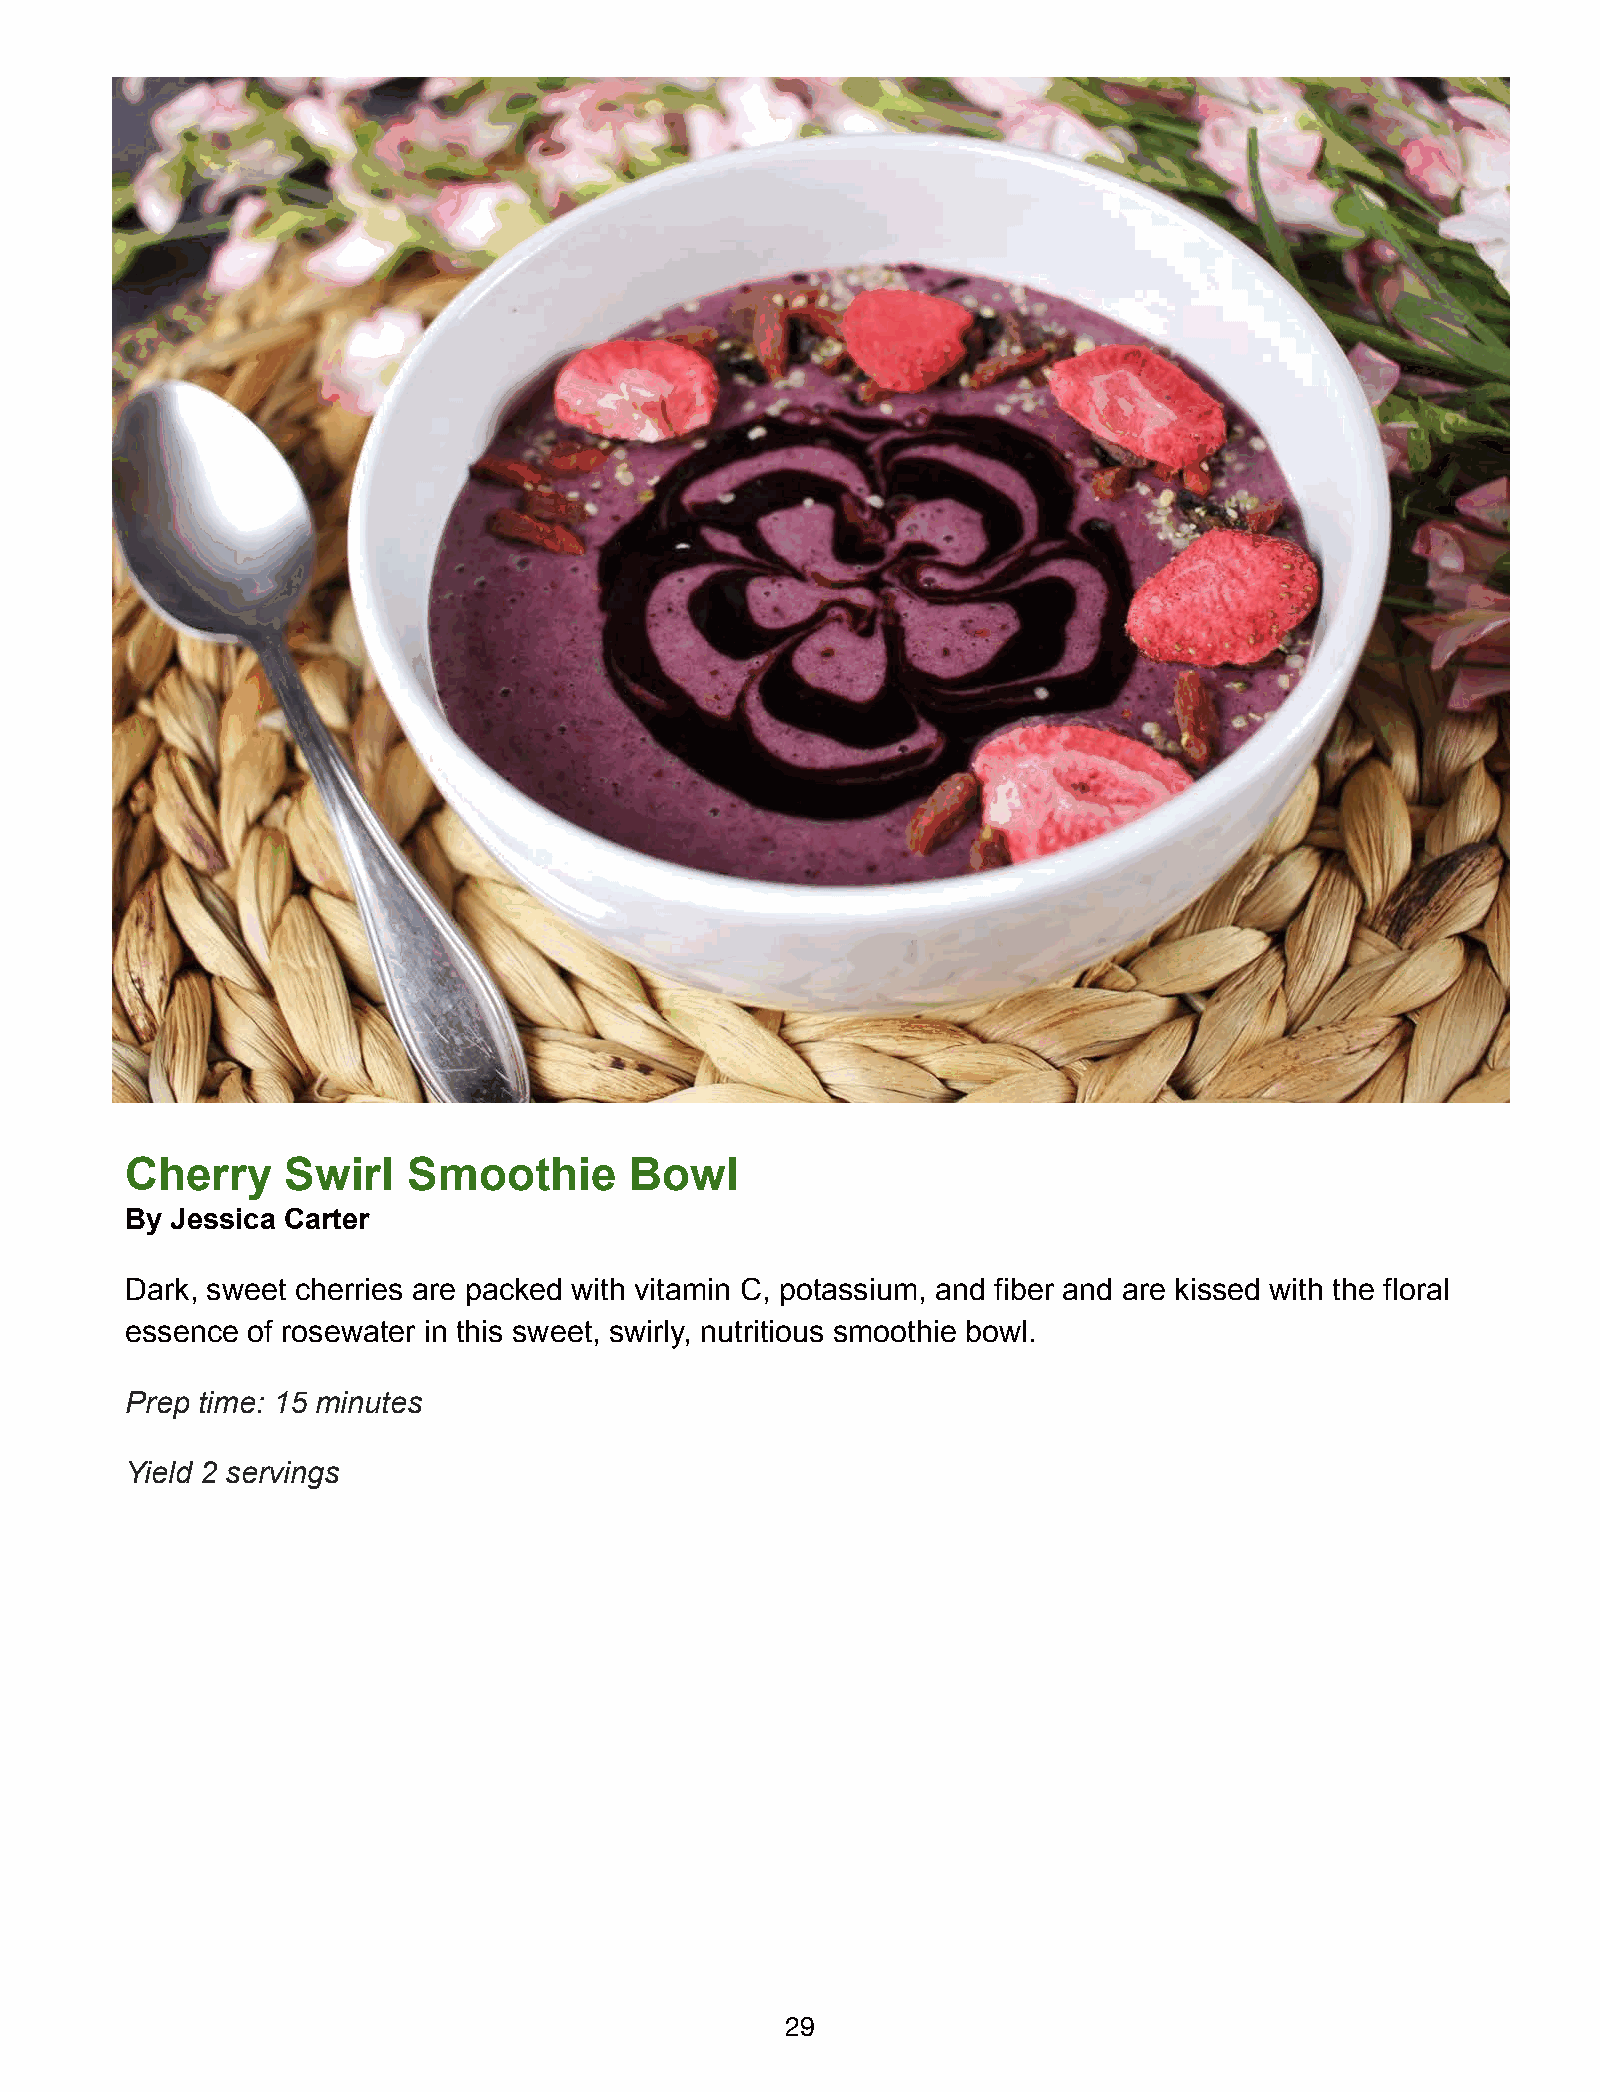
Cherry     Swirl   Smoothie       Bowl
 By Jessica Carter
 Dark, sweet cherries are packed with vitamin C, potassium, and fiber and are kissed with the floral
 essence of rosewater in this sweet, swirly, nutritious smoothie bowl.
 Prep time: 15 minutes
 Yield 2 servings
 29